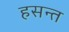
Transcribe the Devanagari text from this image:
हसन्त